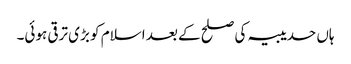
ہاں حدیبیہ کی صلح کے بعد اسلام کو بڑی ترقی ہوئی۔